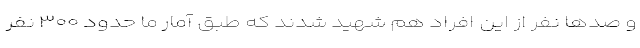
و صدها نفر از این افراد هم شهید شدند که طبق آمار ما حدود ۳۰۰ نفر